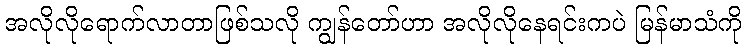
အလိုလိုရောက်လာတာဖြစ်သလို ကျွန်တော်ဟာ အလိုလိုနေရင်းကပဲ မြန်မာသံကို